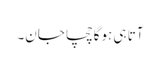
آتا ہی ہوگا چچا جان۔